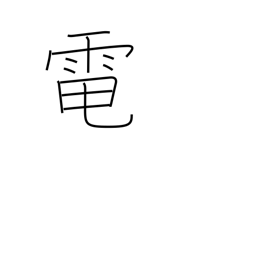
Meaning: electricity